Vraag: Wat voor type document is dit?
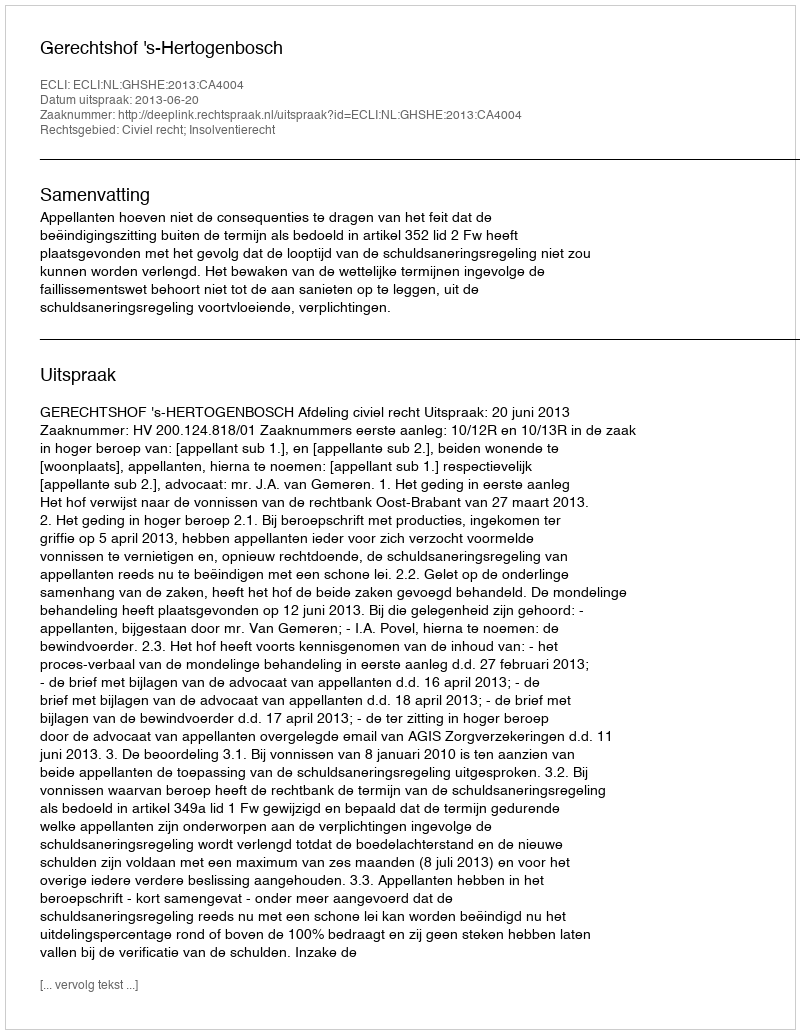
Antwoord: Uitspraak